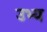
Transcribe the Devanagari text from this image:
उभ्य